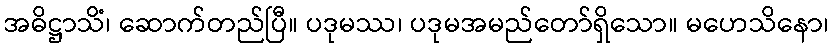
အဓိဋ္ဌာသိံ၊ ဆောက်တည်ပြီ။ ပဒုမဿ၊ ပဒုမအမည်တော်ရှိသော။ မဟေသိနော၊